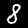
Label: 8